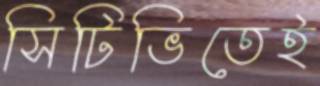
সিটিভিতেই